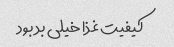
کیفیت غذا خیلی بد بود